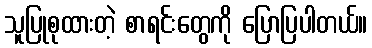
သူပြုစုထားတဲ့ စာရင်းတွေကို ပြောပြပါတယ်။